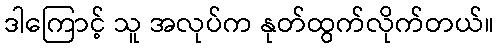
ဒါကြောင့် သူ အလုပ်က နုတ်ထွက်လိုက်တယ်။